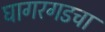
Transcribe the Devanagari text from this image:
घागरगडचा